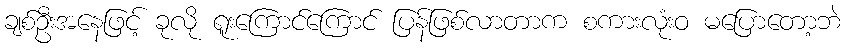
ချစ်ဦးအနေဖြင့် ခုလို ရူးကြောင်ကြောင် ပြန်ဖြစ်လာတာက စကားလုံးဝ မပြောတော့ဘဲ